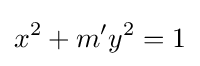
x^{2}{}+m'y^{2}=1